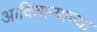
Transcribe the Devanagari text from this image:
आदिताऱ्याच्या